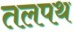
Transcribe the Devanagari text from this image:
तलपथ